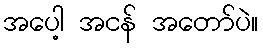
အပေါ့ အငန် အတော်ပဲ။